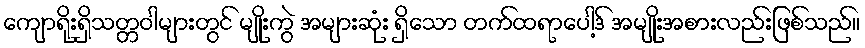
ကျောရိုးရှိသတ္တဝါများတွင် မျိုးကွဲ အများဆုံး ရှိသော တက်ထရာပေါ့ဒ် အမျိုးအစားလည်းဖြစ်သည်။